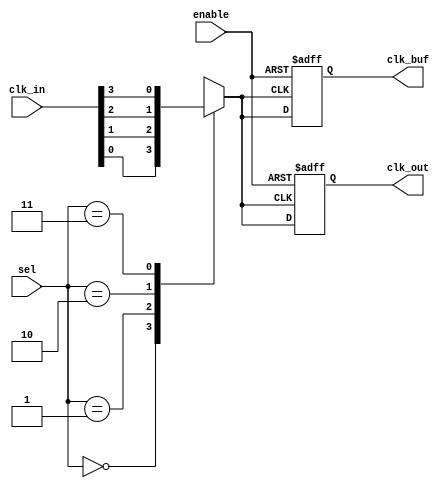
module clk_mux_buffer #(
    parameter n = 4, // Number of clock inputs
    parameter m = 2  // Number of select lines (should be log2(n))
)(
    input wire [n-1:0] clk_in,   // Clock inputs
    input wire [m-1:0] sel,      // Select lines
    input wire enable,            // Enable signal
    output reg clk_out,           // Clock output
    output reg clk_buf            // Buffered clock output
);

    // Internal signal to hold the selected clock
    reg selected_clk;

    // Combinational logic to select the clock input based on the select lines
    always @(*) begin
        case (sel)
            2'b00: selected_clk = clk_in[0];
            2'b01: selected_clk = clk_in[1];
            2'b10: selected_clk = clk_in[2];
            2'b11: selected_clk = clk_in[3];
            default: selected_clk = 1'b0; // Default case
        endcase
    end

    // Output logic for clk_out and clk_buf
    always @(posedge selected_clk or negedge enable) begin
        if (!enable) begin
            clk_out <= 1'b0; // Hold low when disabled
            clk_buf <= 1'b0; // Hold low when disabled
        end else begin
            clk_out <= selected_clk; // Route the selected clock
            clk_buf <= selected_clk; // Buffered output
        end
    end

endmodule